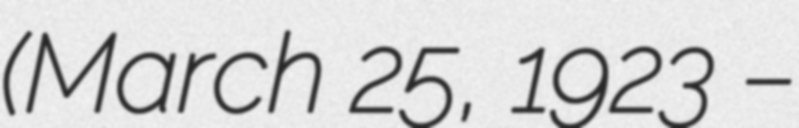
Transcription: (March 25, 1923 –